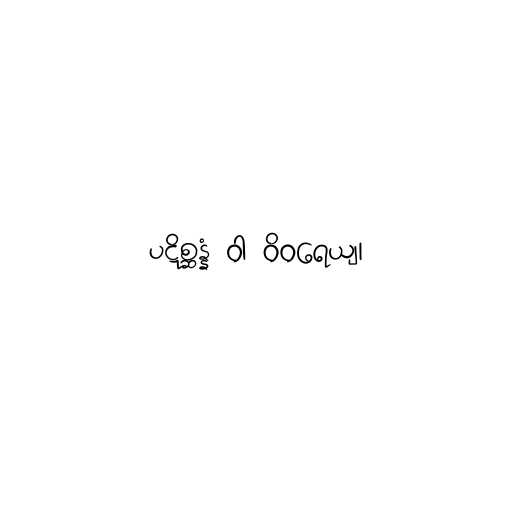
ပဋိစ္ဆန္နံ ဝါ ဝိဝရေယျ၊